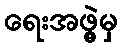
ရေးအဖွဲ့မှ